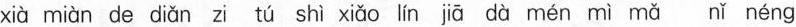
xi\grave{a} mi\grave{a}n de di\check{a}n zi t\acute{u} sh\grave{i} xi\check{a}o l\acute{i}n j\bar{a} d\grave{a} m\acute{e}n m\grave{i} m\check{a} n\check{i} n\acute{e}ng